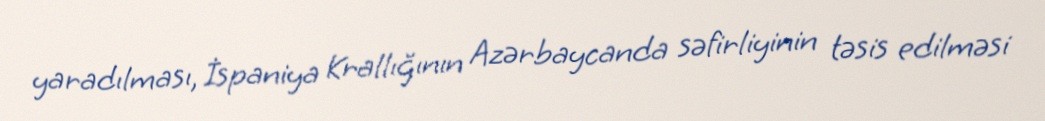
yaradılması, İspaniya Krallığının Azərbaycanda səfirliyinin təsis edilməsi